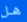
هل